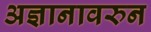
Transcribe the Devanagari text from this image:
अज्ञानावरुन